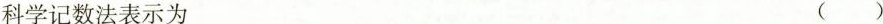
科学记数法表示为 ( )